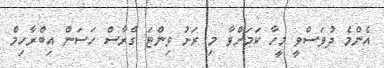
އެންމެ ދުވަސްވީ މީހާ ކަމަށްވާ މި ރަށު ވިންޓަ ގްރާސް ހަސަން އިބްރާހިމް